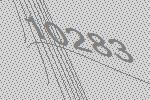
10283